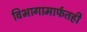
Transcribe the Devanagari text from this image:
विभागामार्फतही